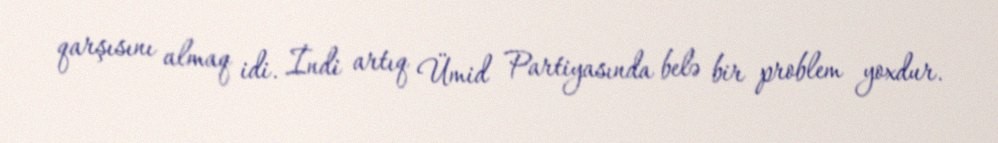
qarşısını almaq idi. İndi artıq Ümid Partiyasında belə bir problem yoxdur.